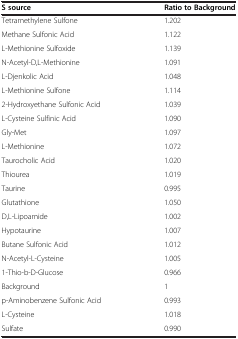
<table><thead><tr><td><b>S source</b></td><td><b>Ratio to Background</b></td></tr></thead><tbody><tr><td>Tetramethylene Sulfone</td><td>1.202</td></tr><tr><td>Methane Sulfonic Acid</td><td>1.122</td></tr><tr><td>L-Methionine Sulfoxide</td><td>1.139</td></tr><tr><td>N-Acetyl-D,L-Methionine</td><td>1.091</td></tr><tr><td>L-Djenkolic Acid</td><td>1.048</td></tr><tr><td>L-Methionine Sulfone</td><td>1.114</td></tr><tr><td>2-Hydroxyethane Sulfonic Acid</td><td>1.039</td></tr><tr><td>L-Cysteine Sulfinic Acid</td><td>1.090</td></tr><tr><td>Gly-Met</td><td>1.097</td></tr><tr><td>L-Methionine</td><td>1.072</td></tr><tr><td>Taurocholic Acid</td><td>1.020</td></tr><tr><td>Thiourea</td><td>1.019</td></tr><tr><td>Taurine</td><td>0.995</td></tr><tr><td>Glutathione</td><td>1.050</td></tr><tr><td>D,L-Lipoamide</td><td>1.002</td></tr><tr><td>Hypotaurine</td><td>1.007</td></tr><tr><td>Butane Sulfonic Acid</td><td>1.012</td></tr><tr><td>N-Acetyl-L-Cysteine</td><td>1.005</td></tr><tr><td>1-Thio-b-D-Glucose</td><td>0.966</td></tr><tr><td>Background</td><td>1</td></tr><tr><td>p-Aminobenzene Sulfonic Acid</td><td>0.993</td></tr><tr><td>L-Cysteine</td><td>1.018</td></tr><tr><td>Sulfate</td><td>0.990</td></tr></tbody></table>